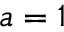
\mathfrak { a } = 1